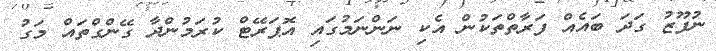
ނުފޫޒު ގަދަ ބައެއް ފަރާތްތަކުން އެކި ނަންނަމުގައި އޮޕަރޭޓް ކުރަމުންދާ ގޭންގްތައް މަގު